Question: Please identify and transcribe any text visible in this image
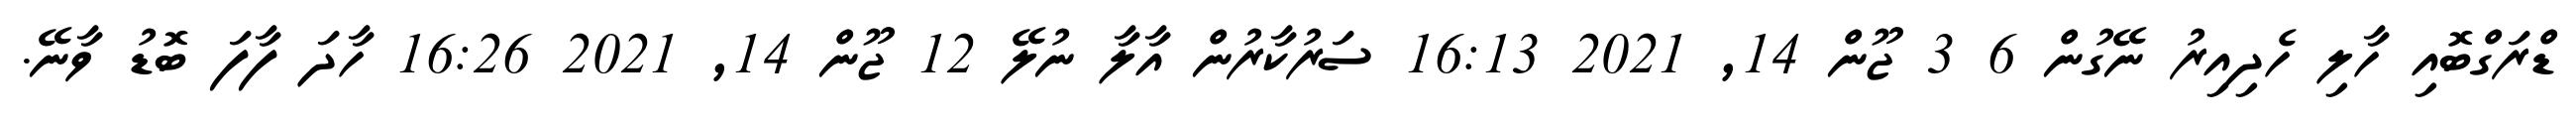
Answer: ޑްރަގްބޮއި ހާލި ހެދިއިރު ނޭގުން 6 3 ޖޫން 14, 2021 16:13 ސަރުކާރުން އާލާ ނުލޭ 12 ޖޫން 14, 2021 16:26 ހާދަ ފާފަ ބޮޑު ވާނޭ.